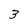
Character: 3